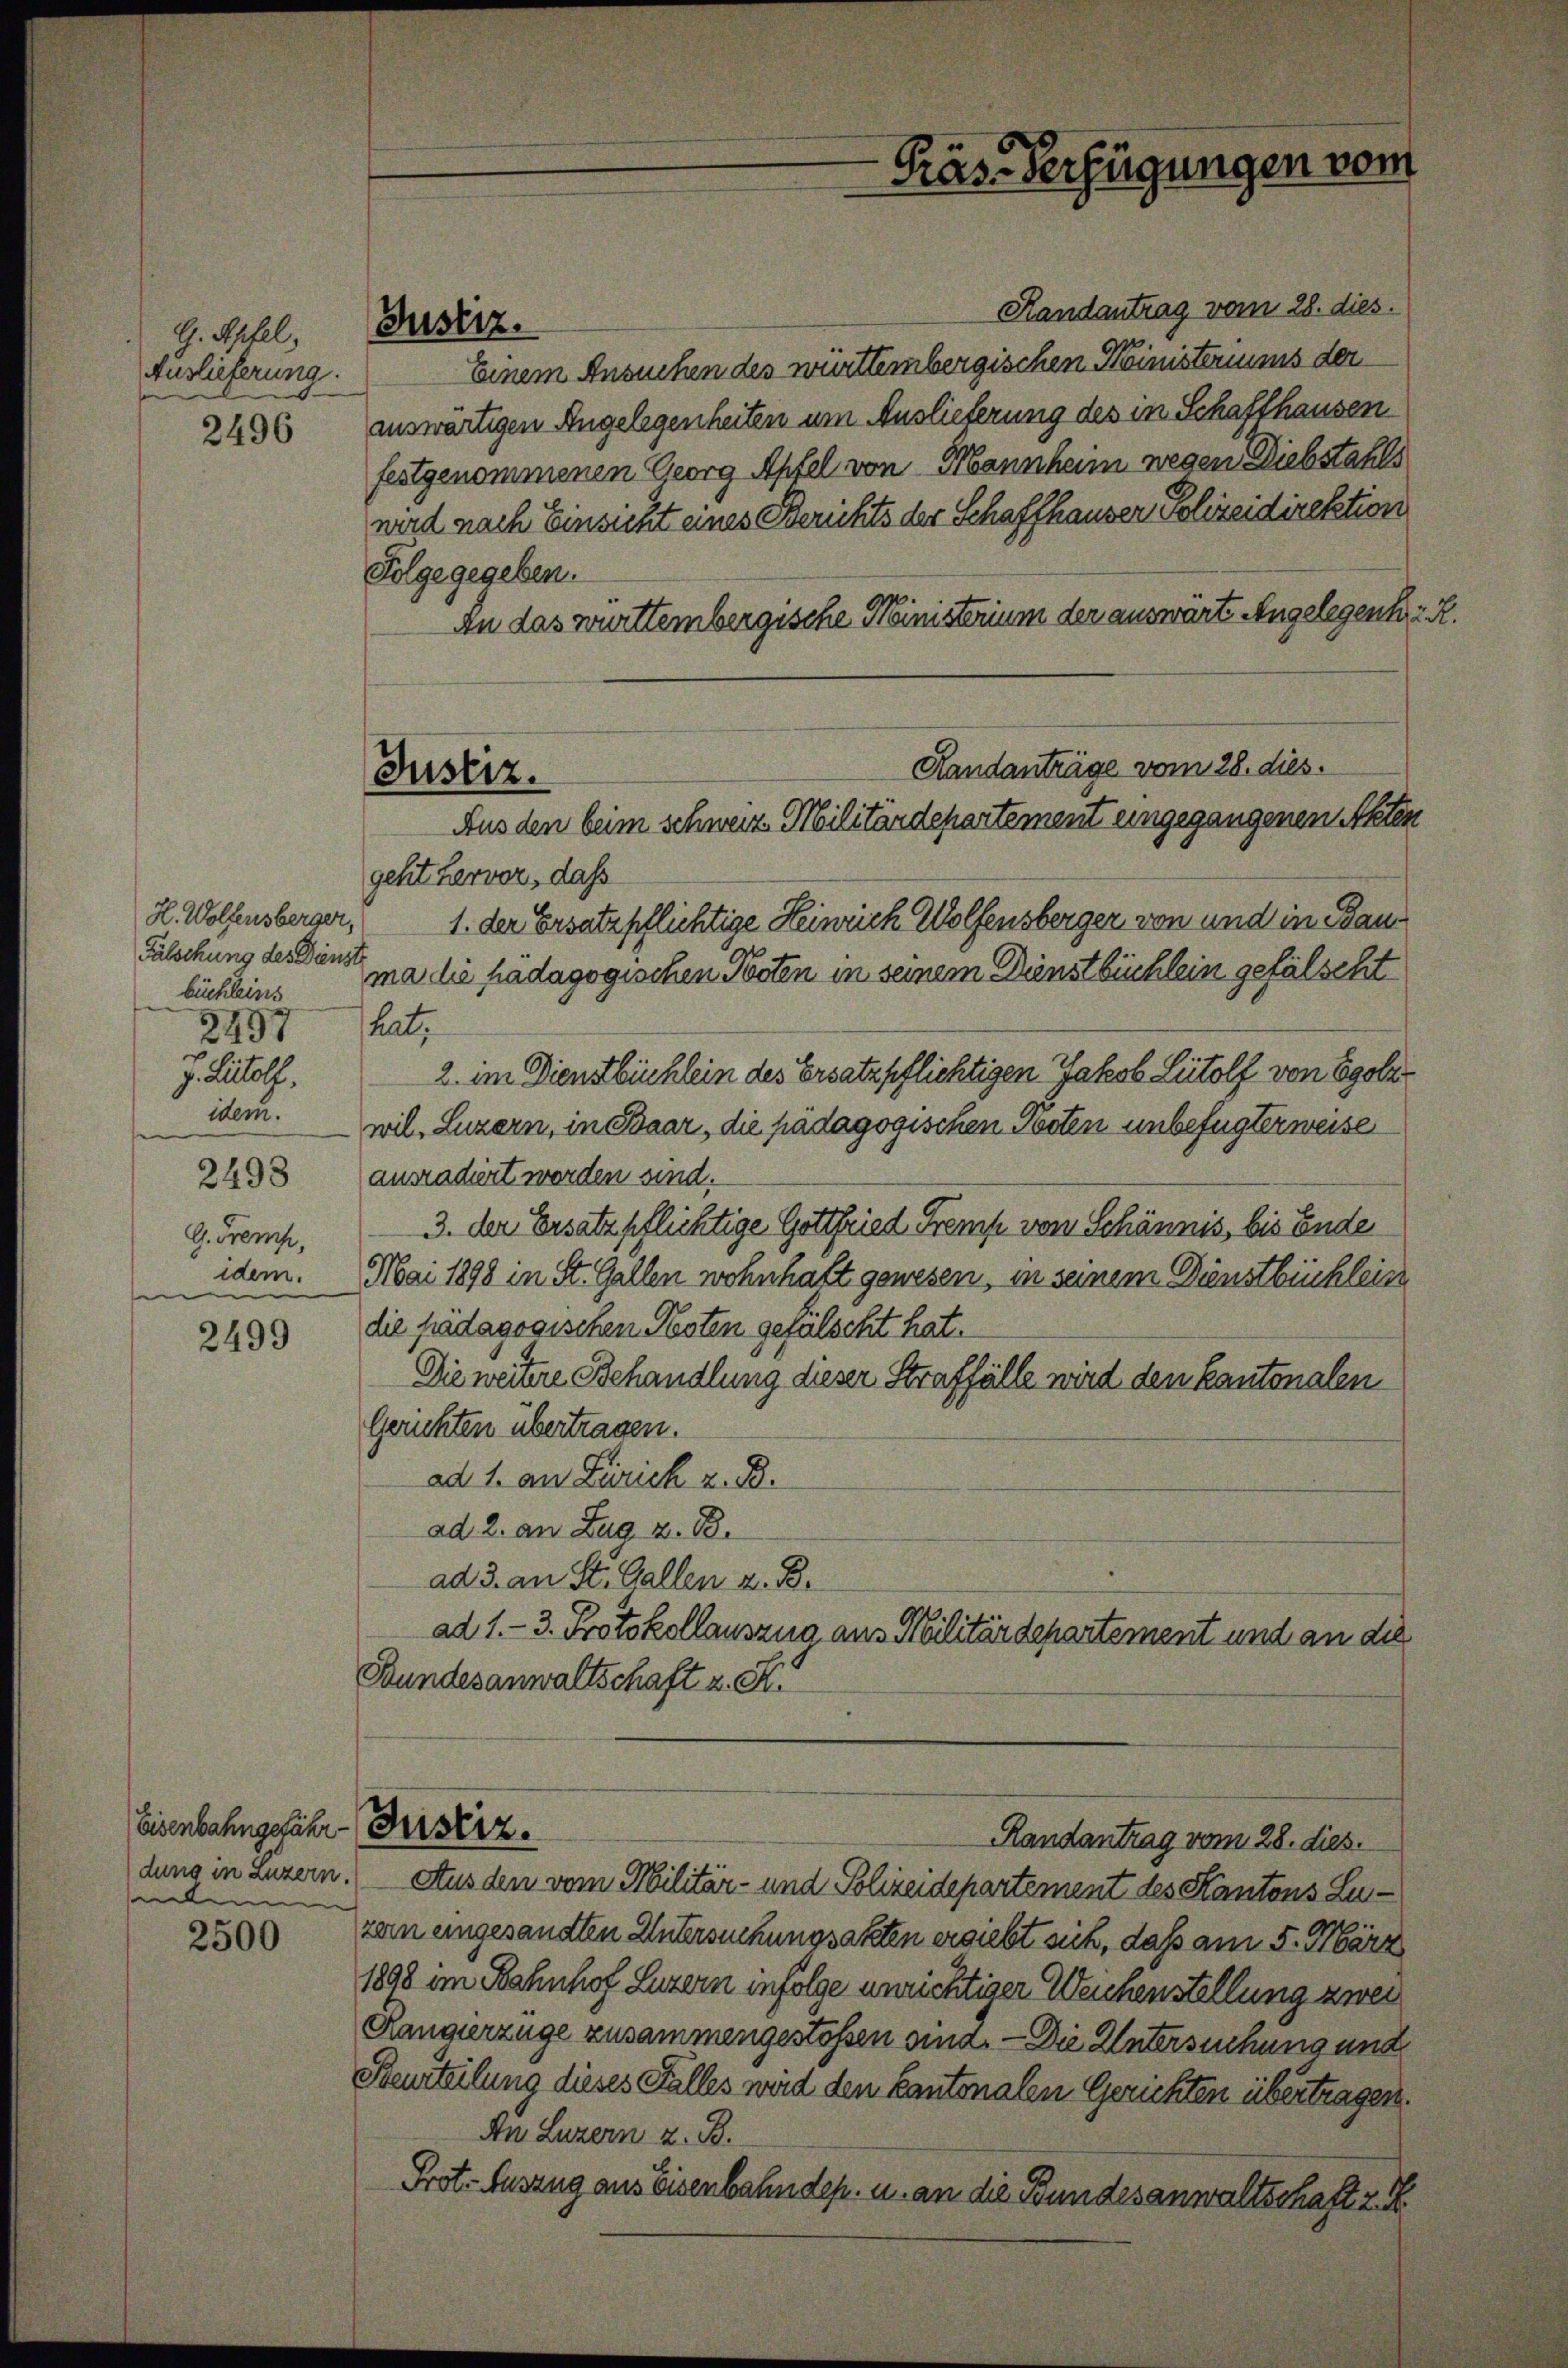
G. Äpfel,
Auslieferung.
2496

H. Wolfensberger,
Fälschung des Dienst
büchleins
2497
v. Ludolf,
idem.
G. Frens,
idem.
e

2499

Eisenbahngefähr Fristiz.
de

2500

Justiz.

Randantrag vom 28. dies.
Einem Ansuchen des württembergischen Ministeriums der
auswärtigen Angelegenheiten um Auslieferung des in Schafthausen
festgenommenen Georg Apfel von Mannheim wegen Diebstahls
wird nach Einsicht eines Berichts der Schaffhauser Polizeidirektion
Folge gegeben.
an das württembergische Ministerium der auswarte Angelegen R.
geht hervor, daß
1. der Ersatzpflichtige Heinrich Wolfensberger von und in Bauma die hädagogischen Posten in seinem Dienstbüchlein gefälscht
hat,
2. im Dienstbüchlein des Ersatzpflichtigen Jakob Ludolf von Egole
wil, Luzern, in Saar, die pädagogischen Posten unbefugter weise
2493 ausradiert werden sind.
3. der Ersatzpflichtige Gottfried Gremp von Schännis, bis Ende
Mai 1898 in St. Gallen wohnhaft gewesen, in seinem Dienstbüchlein
die pädagogischen Noten gefälscht hat.
Die weitere Behandlung dieser Straffälle wird den kantonalen
Gerichten übertragen.
ad 1. an Zürich z. B.
ad 2. an Zug z. B.
ad 3. an St. Gallen z. B.
ad 1.- 3. Protokollauszug aus Militärdepartement und an die
Bundesanwaltschaft z. S.

Präs-Verfügungen vom

Handanträge vom 28. dies.
Justiz.
Aus den beim schweiz Militärdepartement eingegangenen Akten

Randantrag vom 28. dies.

duns in Luzern. Aus den vom Militär- und Polizeidepartement des Kantons Luzern eingesandten Untersuchungsakten ergiebt sich, daß am 5. März
1898 im Bahnhof Luzern infolge unrichtiger Weichenstellung zwei
Rangierzüge zusammengestoßen sind. — Die Untersuchung und
Beurteilung dieses Falles wird den kantonalen Gerichten übertragen.
An Luzern z. B.
Prot. Auszug aus Eisenbahndep. u. an die Bundesanwaltschaft z. B.